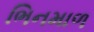
ભિનમાળ